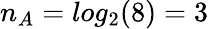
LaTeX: n_{A}=log_{2}(8)=3